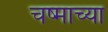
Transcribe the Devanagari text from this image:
चष्माच्या